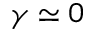
\gamma \simeq 0